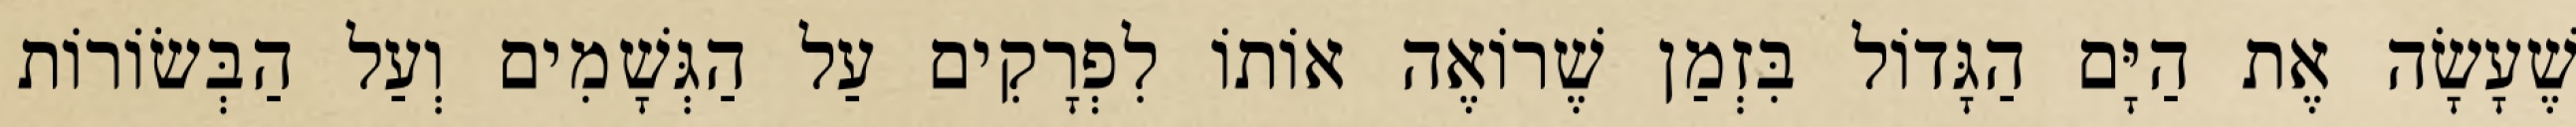
שֶׁעָשָׂה אֶת הַיָּם הַגָּדוֹל בִּזְמַן שֶׁרוֹאֶה אוֹתוֹ לִפְרָקִים עַל הַגְּשָׁמִים וְעַל הַבְּשׂוֹרוֹת